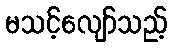
မသင့်လျော်သည့်